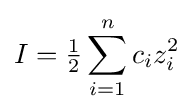
I={\begin{matrix}{\frac {1}{2}}\end{matrix}}\sum _{i=1}^{n}c_{i}z_{i}^{2}